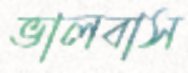
ভালবাস